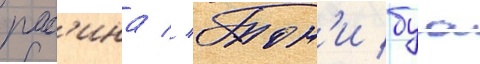
рас'ина // Тон'и буа